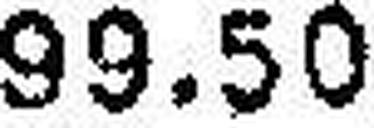
99.50